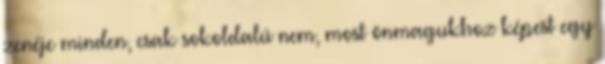
zenéje minden, csak sokoldalú nem, most önmagukhoz képest egy